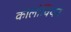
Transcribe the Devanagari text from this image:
कोलोवियन